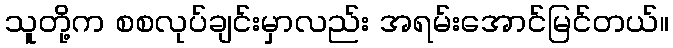
သူတို့က စစလုပ်ချင်းမှာလည်း အရမ်းအောင်မြင်တယ်။